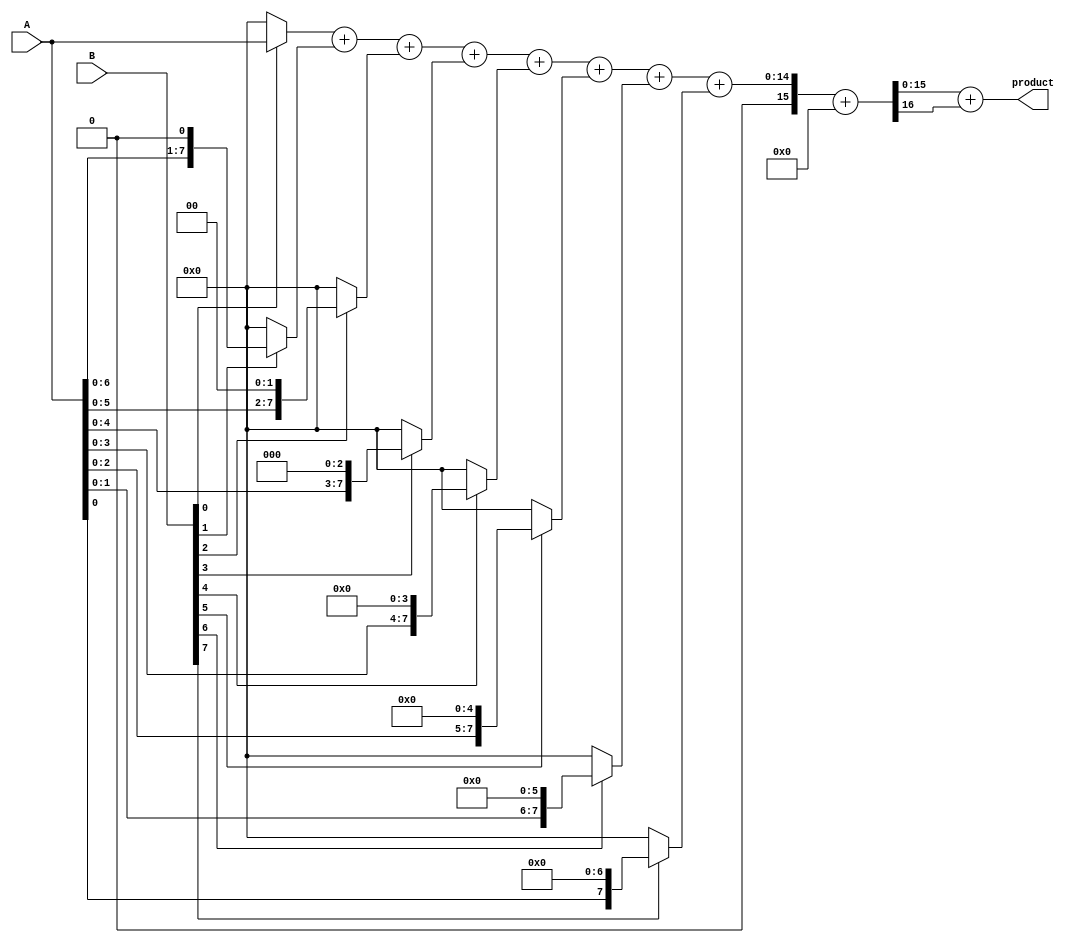
module wallace_tree_multiplier #(parameter A_WIDTH = 8, B_WIDTH = 8)(
    input [A_WIDTH-1:0] A,
    input [B_WIDTH-1:0] B,
    output reg [A_WIDTH + B_WIDTH - 1:0] product
);

    // Generate partial products
    wire [A_WIDTH-1:0] pp[B_WIDTH-1:0]; // Partial products
    genvar i;
    generate
        for (i = 0; i < B_WIDTH; i = i + 1) begin : partial_product_gen
            assign pp[i] = (B[i]) ? A << i : 0;
        end
    endgenerate

    // Wallace Tree Reduction
    wire [A_WIDTH + B_WIDTH - 1:0] sum [0:2*A_WIDTH-1]; // Intermediate sums
    wire [A_WIDTH + B_WIDTH - 1:0] carry [0:2*A_WIDTH-1]; // Carries

    // Initial stage: Add partial products
    assign sum[0] = pp[0];
    assign carry[0] = 0;

    genvar j;
    generate
        for (j = 1; j < B_WIDTH; j = j + 1) begin : add_partial_products
            assign {carry[j], sum[j]} = sum[j-1] + pp[j];
        end
    endgenerate

    // Wallace Tree Reduction Logic
    wire [A_WIDTH + B_WIDTH - 1:0] final_sum, final_carry;

    // Final addition of the last two rows
    assign {final_carry, final_sum} = sum[B_WIDTH-1] + carry[B_WIDTH-1];

    // Output the final product
    always @(*) begin
        product = final_sum + final_carry;
    end

endmodule